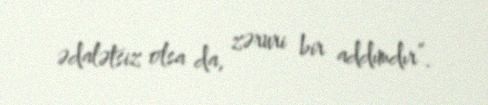
ədalətsiz olsa da, zəruri bir addımdır”.